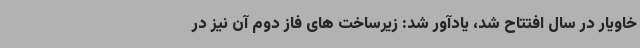
خاویار در سال افتتاح شد، یادآور شد: زیرساخت های فاز دوم آن نیز در